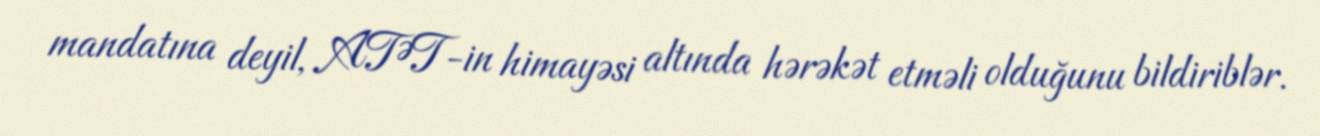
mandatına deyil, ATƏT-in himayəsi altında hərəkət etməli olduğunu bildiriblər.